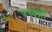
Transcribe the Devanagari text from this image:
पथ्येही